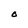
Character: O